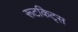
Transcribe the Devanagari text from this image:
रूटकिट्स